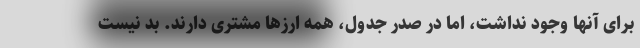
برای آنها وجود نداشت، اما در صدر جدول، همه ارزها مشتری دارند. بد نیست